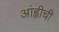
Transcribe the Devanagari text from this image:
आंह्वीची